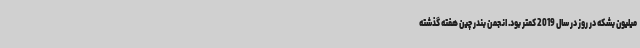
میلیون بشکه در روز در سال 2019 کمتر بود. انجمن بندر چین هفته گذشته